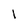
Character: 1